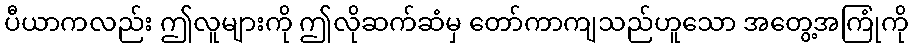
ပီယာကလည်း ဤလူများကို ဤလိုဆက်ဆံမှ တော်ကာကျသည်ဟူသော အတွေ့အကြုံကို